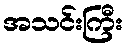
အသင်းကြီး